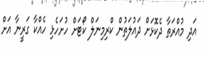
އަދި މުއްރަތާ ދެކޮޅަށް ދައުލަތުން ކްރިމިނަލް ކޯޓަށް ހުށަހެޅި ހެއްކާ ގަރީނާ އަށް